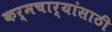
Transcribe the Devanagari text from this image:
कर्मचार्‍यांसाठी